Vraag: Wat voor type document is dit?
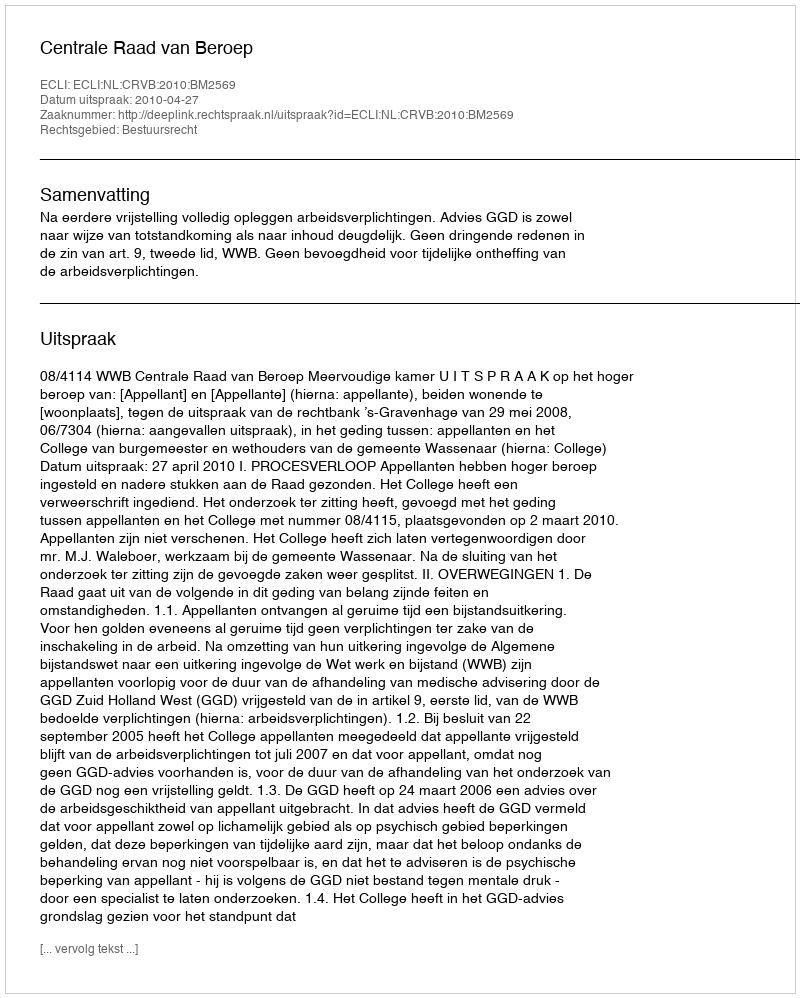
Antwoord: Uitspraak